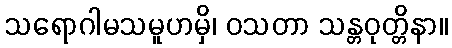
သရောဂါမသမူဟမှိ၊ ဝသတာ သန္တဝုတ္တိနာ။